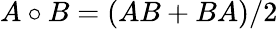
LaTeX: A\circ B=(AB+BA)/2